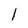
Character: l